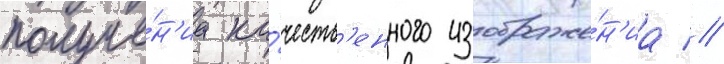
получе́н'иа ка́честв'енного изображе́н'иа //